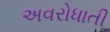
અવરોધાતી